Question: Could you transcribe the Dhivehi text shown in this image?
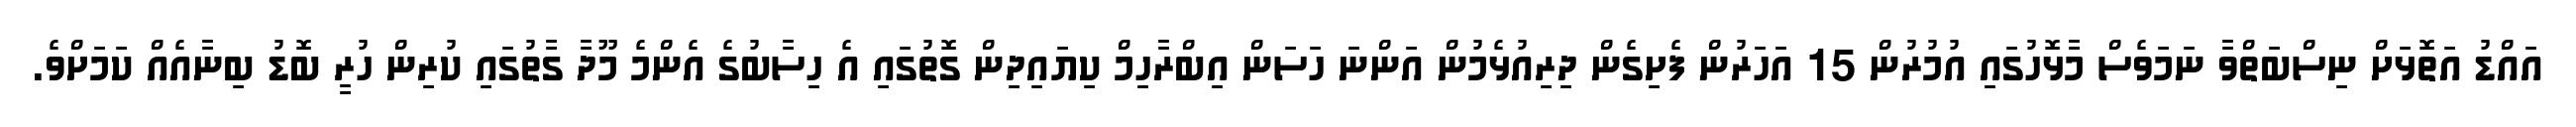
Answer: އައްޑު އަތޮޅަށް ނިސްބަތްވާ ނަމަވެސް މާޅޮހުގައި އުމުރުން 15 އަހަރުން ފެށިގެން ދިރިއުޅެމުން އަންނަ ހަސަން އިބްރާހިމް ކިޔައިދިން ގޮތުގައި އެ ހިސާބުގެ އެންމެ މޫދާ ގާތުގައި ކުރިން ހުރީ ބޮޑު ބިނާއެއް ކަމަށްވެ.